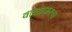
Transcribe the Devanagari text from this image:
वाक्प्रचारचा